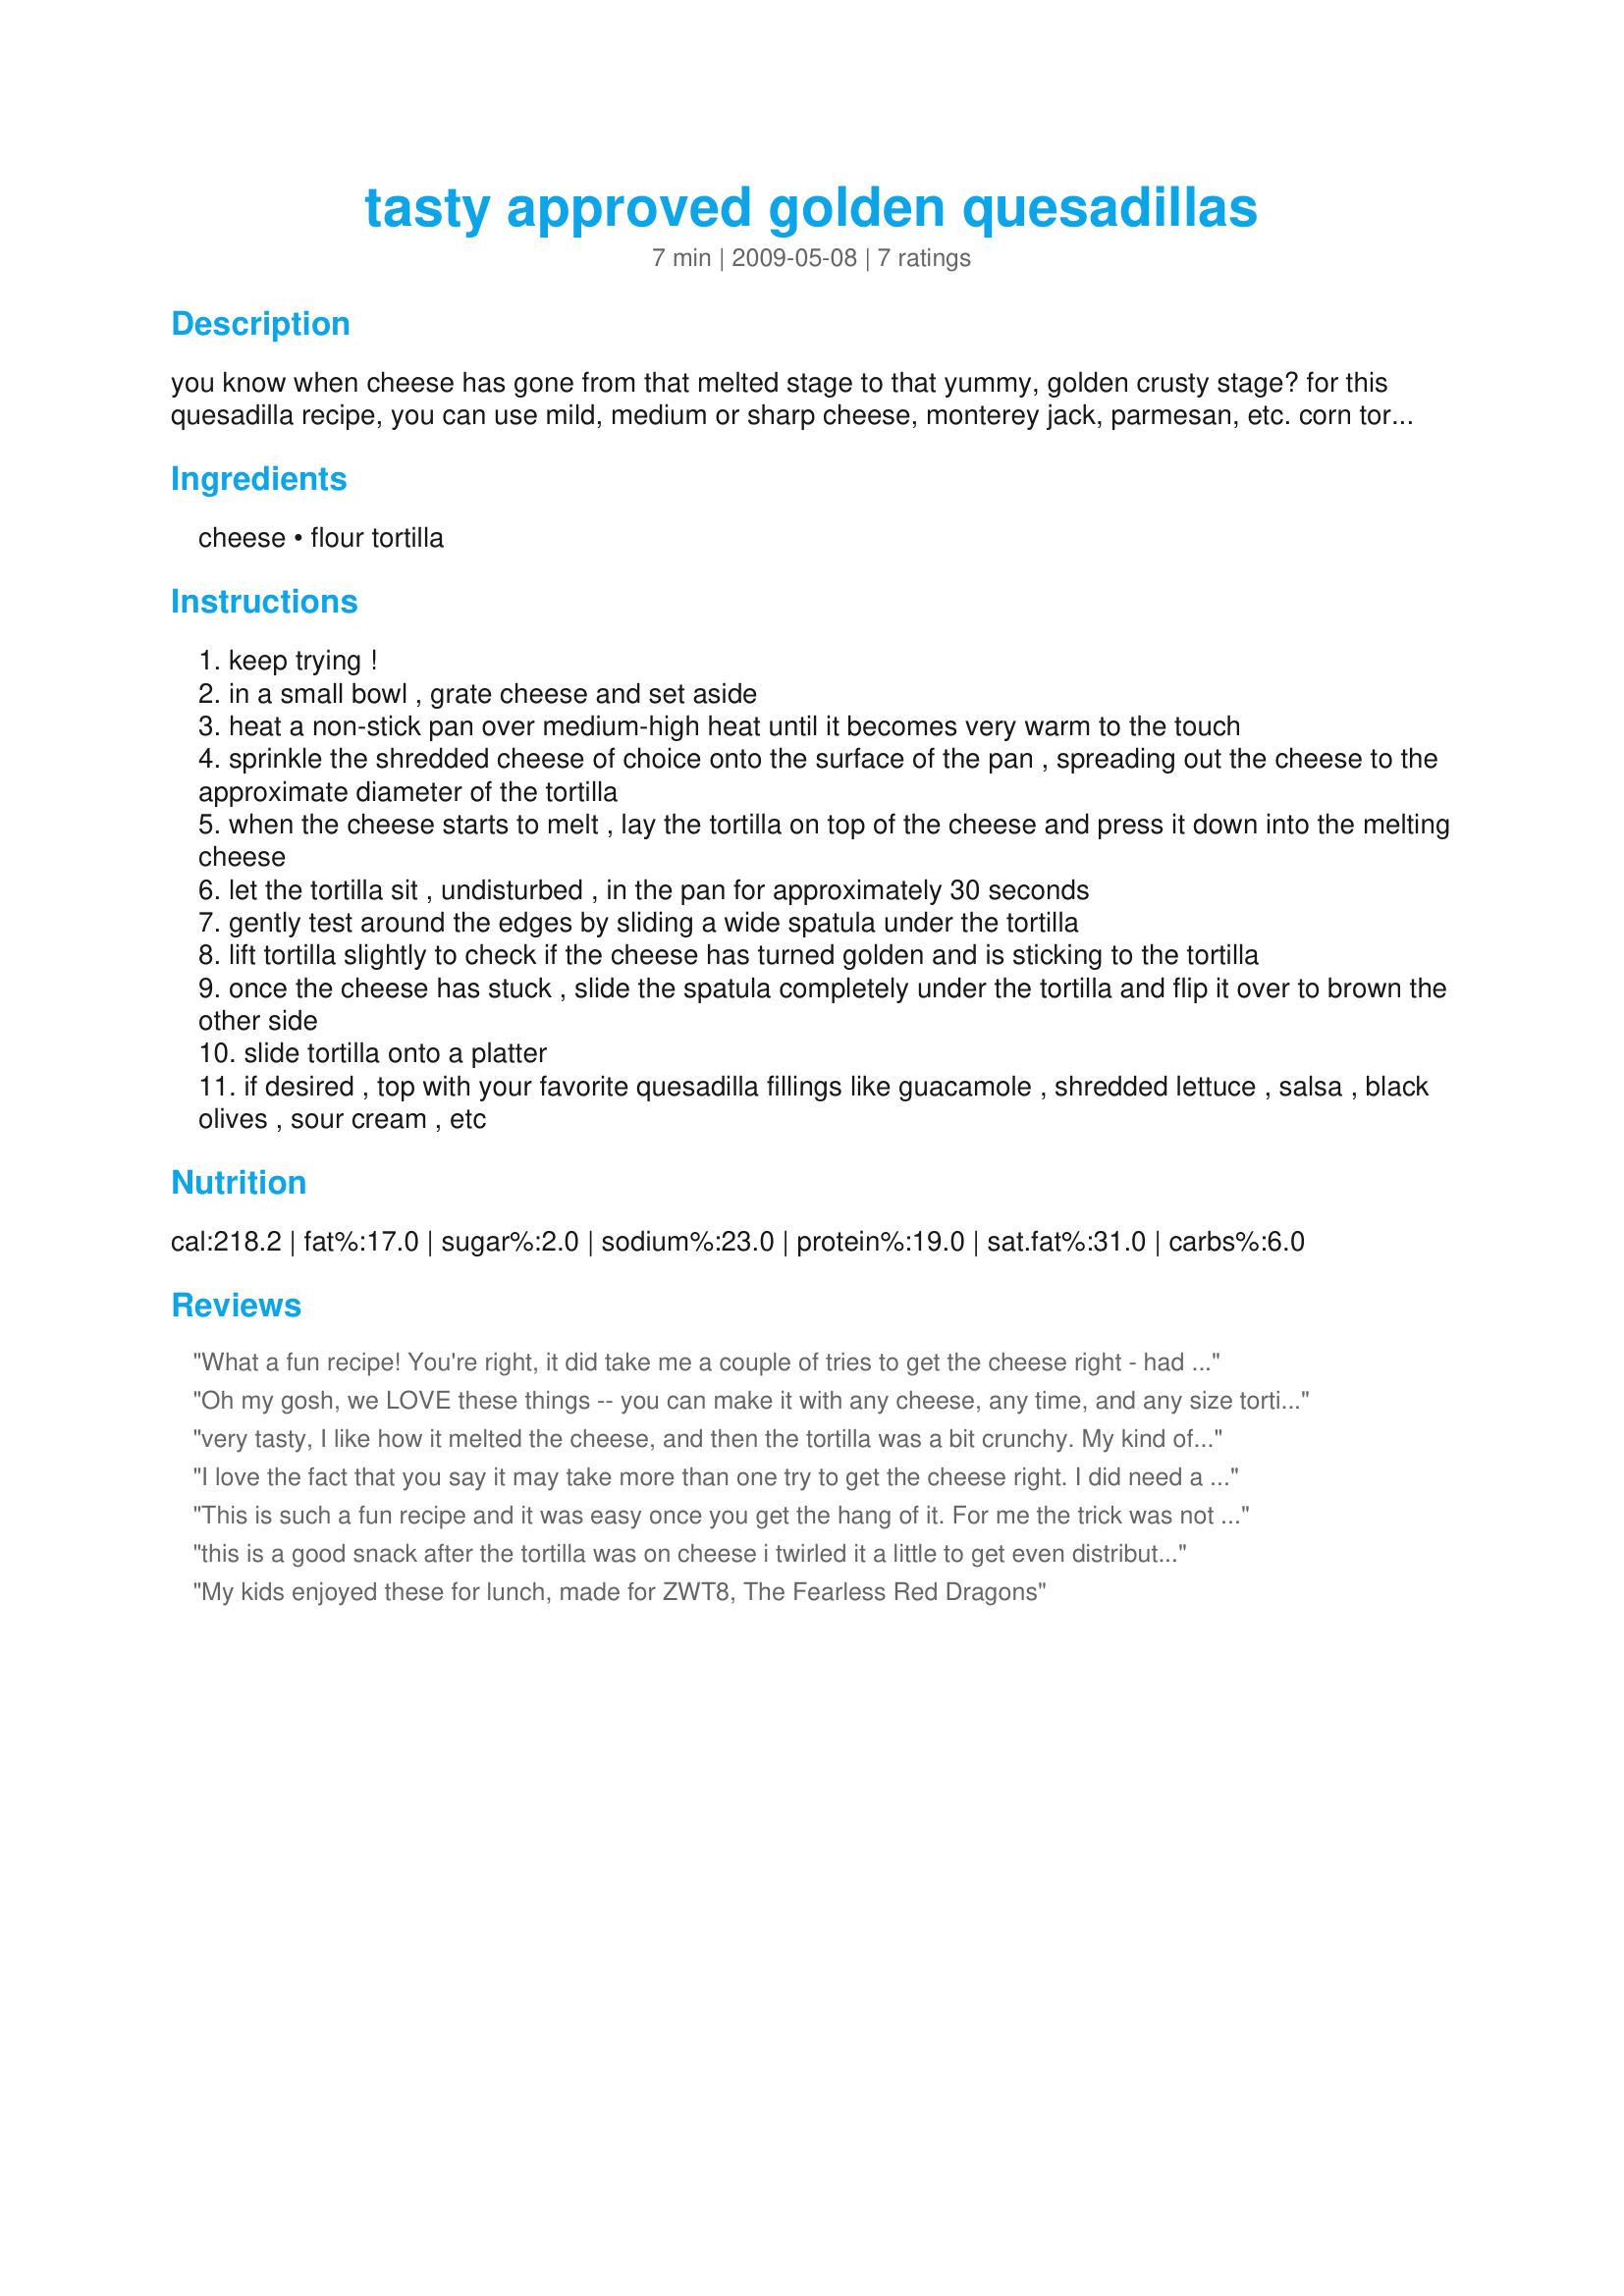
tasty approved golden quesadillas
Preparation time: 7 minutes

you know when cheese has gone from that melted stage to that yummy, golden crusty stage? for this quesadilla recipe, you can use mild, medium or sharp cheese, monterey jack, parmesan, etc. corn tortillas can be used in place of the flour tortillas if you wish.!feliz cumpleanos, td! local recipe.

Ingredients:
cheese, flour tortilla

Steps:
keep trying !
in a small bowl , grate cheese and set aside
heat a non-stick pan over medium-high heat until it becomes very warm to the touch
sprinkle the shredded cheese of choice onto the surface of the pan , spreading out the cheese to the approximate diameter of the tortilla
when the cheese starts to melt , lay the tortilla on top of the cheese and press it down into the melting cheese
let the tortilla sit , undisturbed , in the pan for approximately 30 seconds
gently test around the edges by sliding a wide spatula under the tortilla
lift tortilla slightly to check if the cheese has turned golden and is sticking to the tortilla
once the cheese has stuck , slide the spatula completely under the tortilla and flip it over to brown the other side
slide tortilla onto a platter
if desired , top with your favorite quesadilla fillings like guacamole , shredded lettuce , salsa , black olives , sour cream , etc

Reviews:
What a fun recipe! You're right, it did take me a couple of tries to get the cheese right - had to find the right balance of time and temperature. I used monterrey jack cheese and corn tortillas. Served with salsa of course and really enjoyed - thanks for sharing the recipe! Made for ZWT8, Chefs gone WILD!
Oh my gosh, we LOVE these things -- you can make it with any cheese, any time, and any size tortilla! YUMMY!
very tasty, I like how it melted the cheese, and then the tortilla was a bit crunchy. My kind of snack, quick and tasty and easy to clean up after! Thanks Cookgirl! Made for ZWT8 trip to Mexico.
I love the fact that you say it may take more than one try to get the cheese right. I did need a second try, but it was surely worth the first mistake, that was tasty, nonetheless. You really do need a nonstick pan, so I dug my non-stick wok out, to insure great cheesy coverage. I used a pepper jack, which was a good choice. Nice and crunchy, this stood alone, tho I may have one with guac for lunch today! :D Would be great, as an alternative to grilled cheese, with a steaming bowl of tomato soup! I plan to remember this, when winter comes...Thanks for sharing a great recipe, Cookgirl!
This is such a fun recipe and it was easy once you get the hang of it. For me the trick was not to be in too much of a hurry with flipping the tortilla and cheese over giving it time to reach the right stage. I like this so much better than regular quesadilla and instead of a snack had it for breakfast. Added salsa and sour cream to the topping when eating and it was a pleasant light breakfast. I'm thinking even the grandkids will like this one - specially if I add a few pepporonis to it on completion. Made for ZWT 8 the Mexican leg
this is a good snack after the tortilla was on cheese i twirled it a little to get even distributioni used swiss cheese and flour tortilla really good stuffzaar world tour 8
My kids enjoyed these for lunch, made for ZWT8, The Fearless Red Dragons
